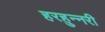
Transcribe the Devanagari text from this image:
हरहुन्‍नरी